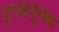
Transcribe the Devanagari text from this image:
हास्यमूलक